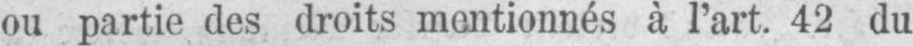
ou partie des droits mentionnés à l’art. 42 du